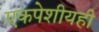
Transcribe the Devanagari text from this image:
एकपेशीयही